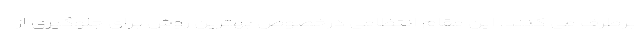
برطرف می کنند. این مقام انتظامی درخصوص بهترین روش برای جلوگیری از